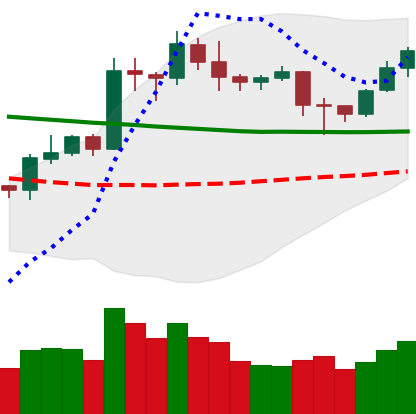
Ticker: LTC-USD
Chart end date: 2020-01-28
Forward return: 15.757%
Label: up_7plus